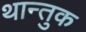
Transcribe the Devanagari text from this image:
थान्तुक